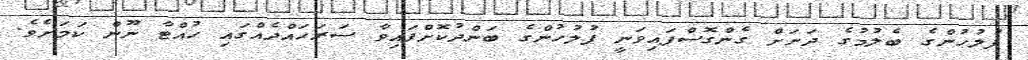
ފުލުހުންގެ ބެލުމުގެ ދަށަށް ގެންގޮސްފައިވަނީ ފުލުހުންގެ ބަންދުކޮށްފައިވާ ސަރަހައްދެއްގައި ހުއްޓާ ނޫން ކަމަށެވެ.